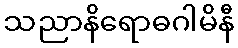
သညာနိရောဓဂါမိနီ